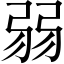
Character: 弱